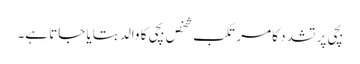
بچی پر تشدد کا مرتکب شخص بچی کا والد بتایا جاتا ہے۔